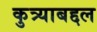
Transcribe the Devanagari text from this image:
कुत्र्याबद्दल